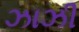
ઝાઝી